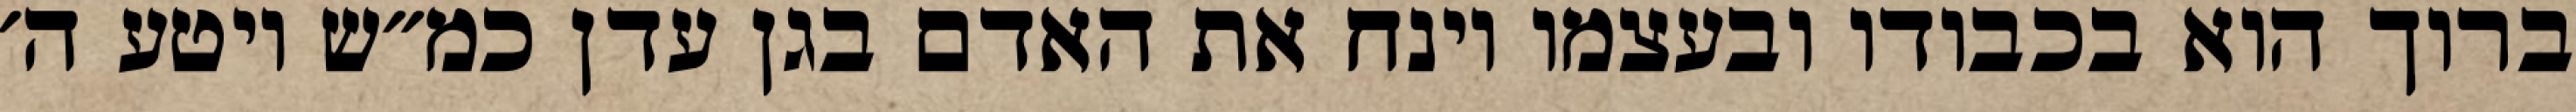
ברוך הוא בכבודו ובעצמו וינח את האדם בגן עדן כמ״ש ויטע ה׳